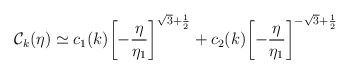
\begin{align*}{\cal C}_{k}(\eta) \simeq c_1(k) \biggl[-\frac{\eta}{\eta_1}\biggr]^{\sqrt{3}+\frac{1}{2}} + c_2(k) \biggl[-\frac{\eta}{\eta_1} \biggr]^{-\sqrt{3}+\frac{1}{2}}\end{align*}